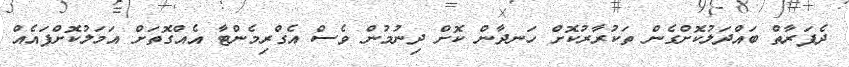
ދެފަރާތް ބައްދަލުކޮށްގެން ތަކުރާރުކޮށް ހަނދާން ކޮށް ދިނުުމުން ވެސް އެގްރިމެންޓާ އެއްގޮތަށް އަމަލުކޮށްފައެއް